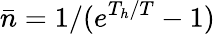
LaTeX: \bar{n}=1/(e^{T_{h}/T}-1)